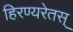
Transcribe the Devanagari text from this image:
हिरण्यरेतस्